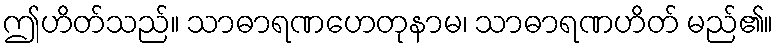
ဤဟိတ်သည်။ သာဓာရဏဟေတုနာမ၊ သာဓာရဏဟိတ် မည်၏။